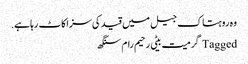
وہ روہتاک جیل میں قید کی سزاکاٹ رہا ہے.
Tagged گرمیت بیٹی رحیم رام سنگھ